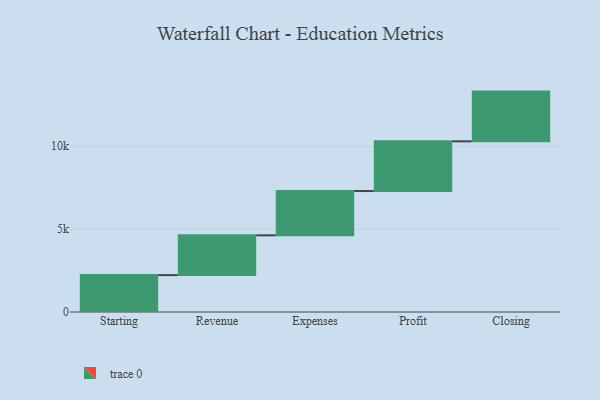
{"axis": {"x": "Step", "y": "Value"}, "legend": [""], "data": [{"x": "Starting", "y": 2226.0, "type": ""}, {"x": "Revenue", "y": 2400.0, "type": ""}, {"x": "Expenses", "y": 2673.0, "type": ""}, {"x": "Profit", "y": 3000, "type": ""}, {"x": "Closing", "y": 3000, "type": ""}]}